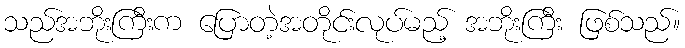
သည်အဘိုးကြီးက ပြောတဲ့အတိုင်းလုပ်မည့် အဘိုးကြီး ဖြစ်သည်။